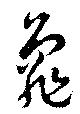
龜